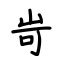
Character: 岢